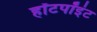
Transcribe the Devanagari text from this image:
हॉटपॉइंट